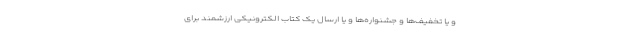
و یا تخفیف‌ها و جشنواره‌ها و یا ارسال یک کتاب الکترونیکی ارزشمند برای